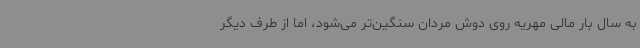
به سال بار مالی مهریه روی دوش مردان سنگین‌تر می‌شود، اما از طرف دیگر